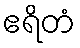
ဧရိတံ